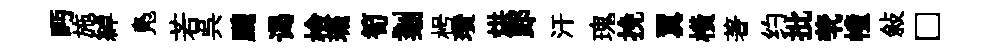
眄施綽鳬若呉颼谒檢璣筍剗枵瓚烘郎汗瑰挽翼橫著约批茕幢敍□